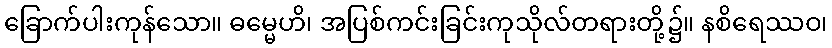
ခြောက်ပါးကုန်သော။ ဓမ္မေဟိ၊ အပြစ်ကင်းခြင်းကုသိုလ်တရားတို့၌။ နစိရေဿဝ၊